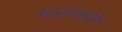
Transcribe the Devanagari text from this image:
स्थानानंतरणशील